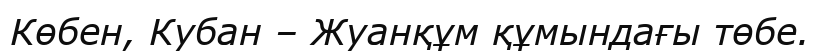
Көбен, Кубан – Жуанқұм құмындағы төбе.